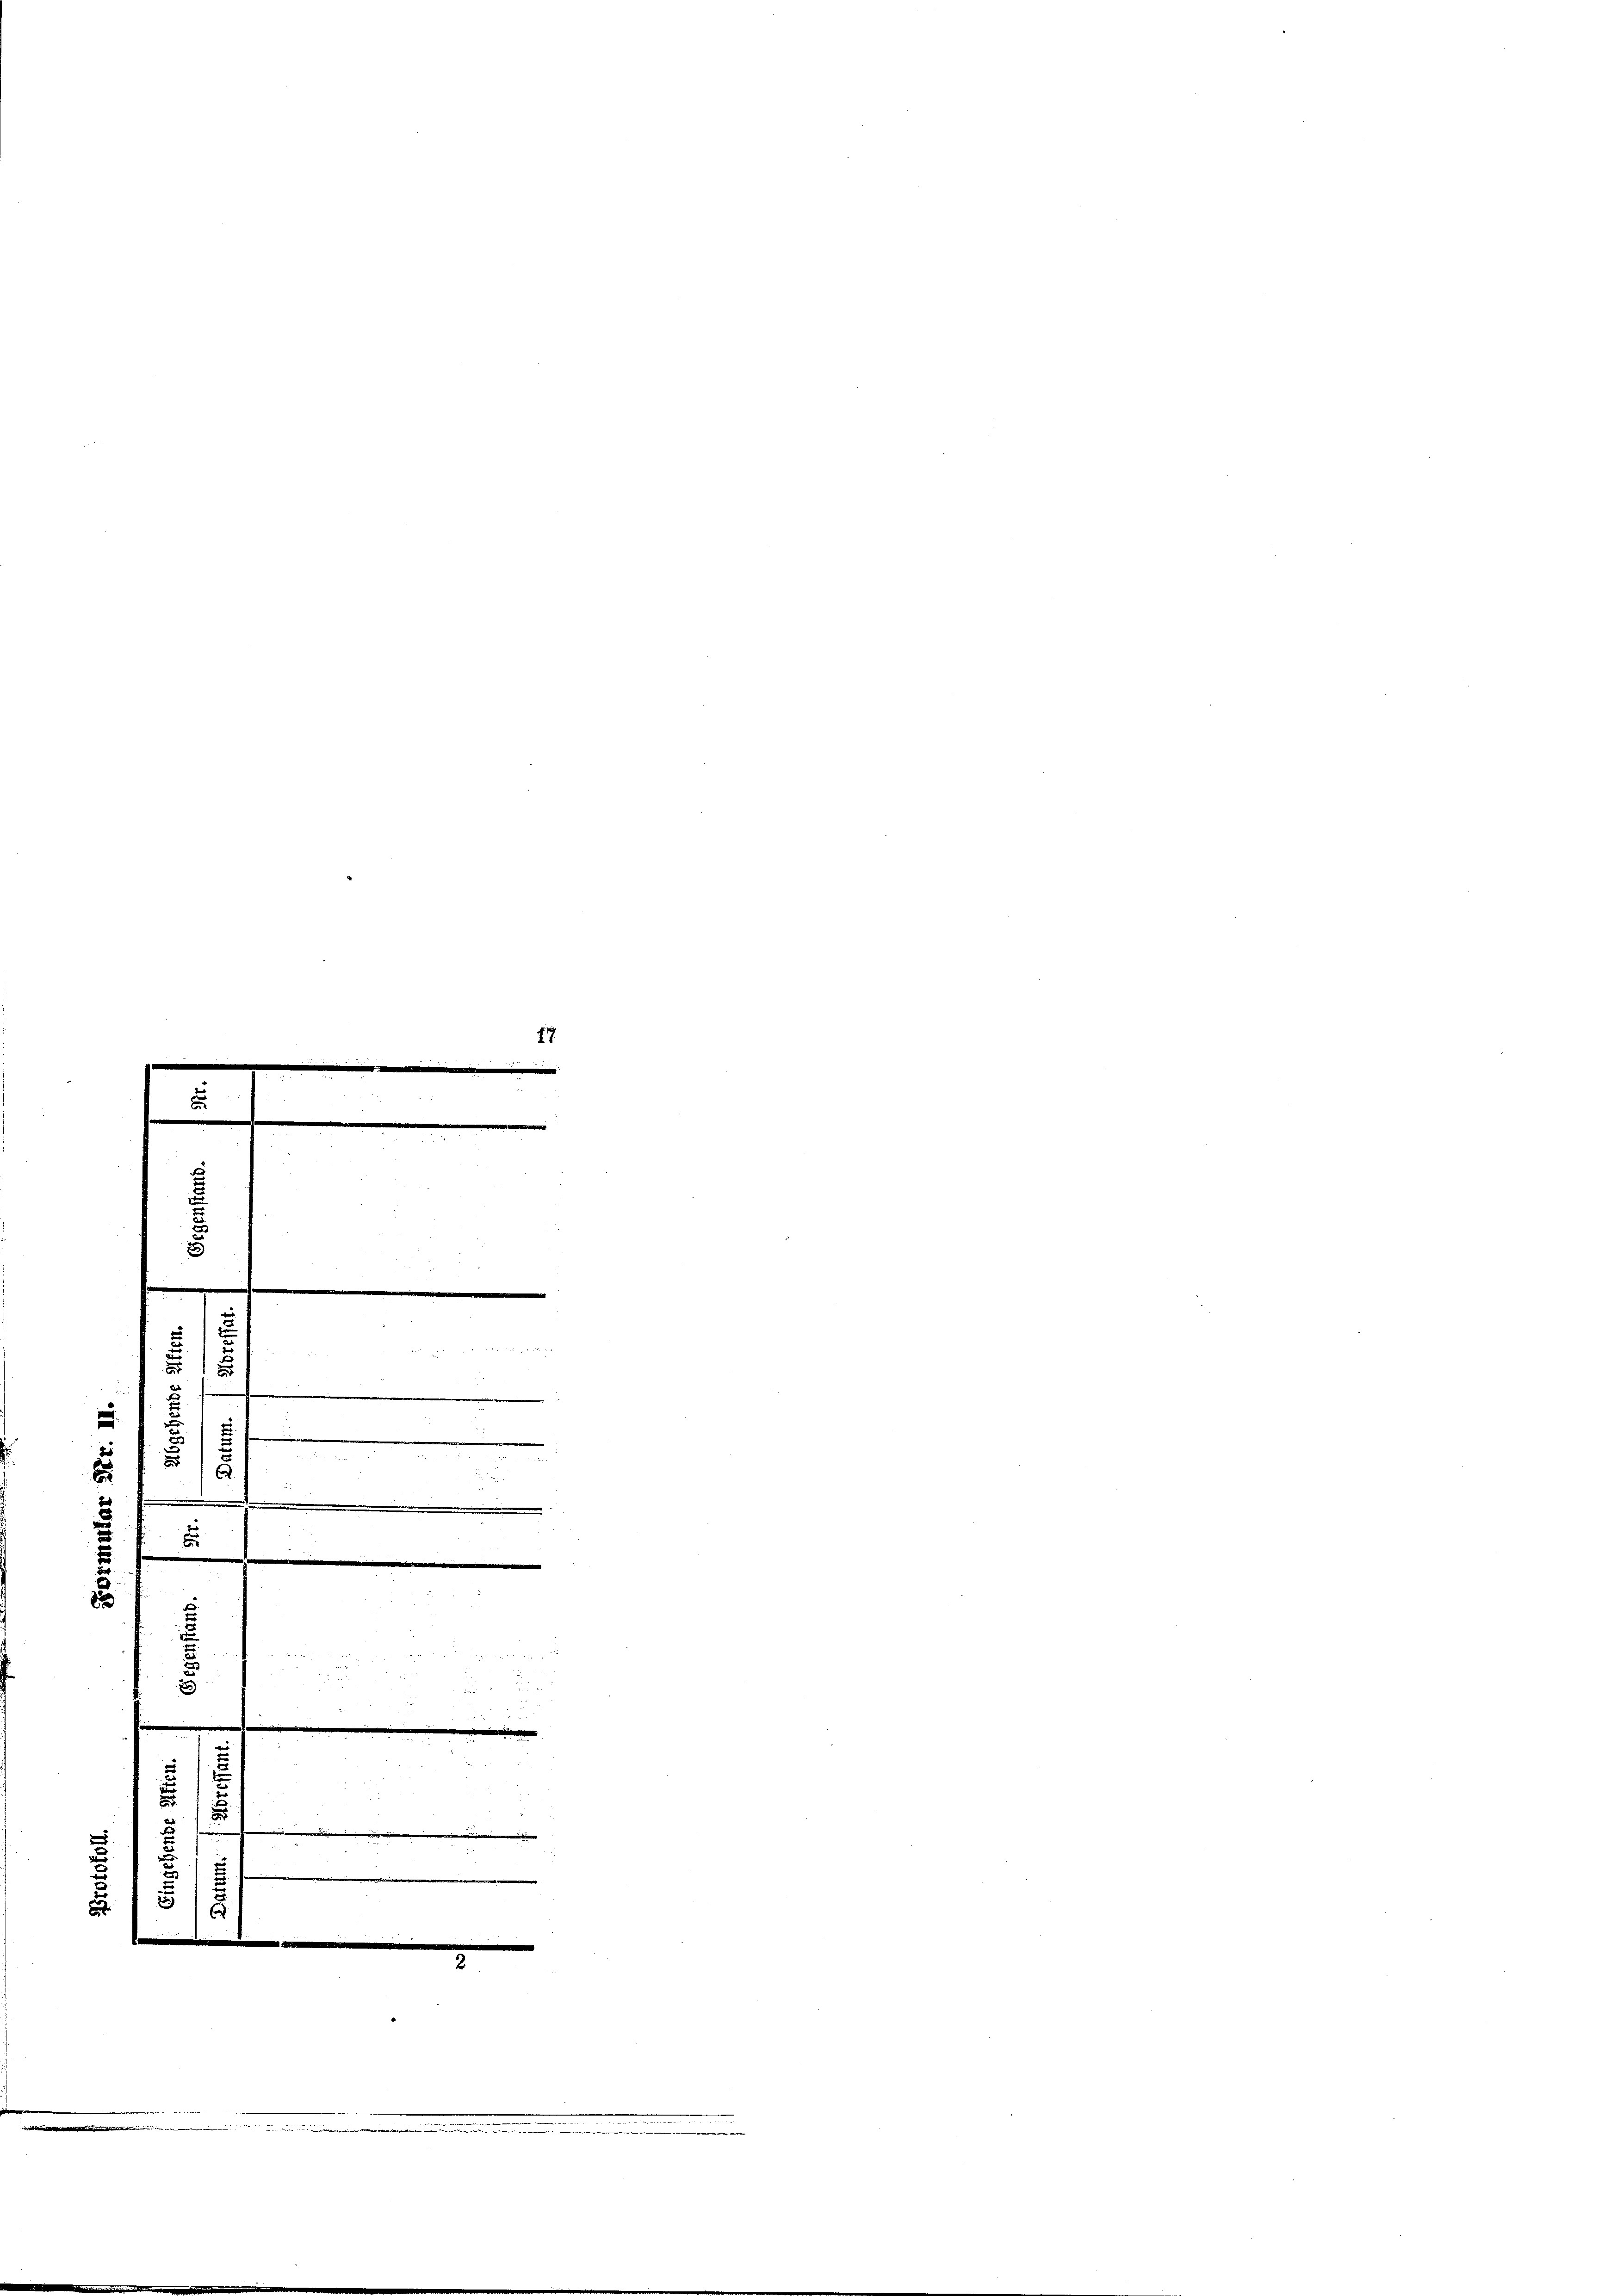
17
.
e
e
e
u
¬
e
-

 x
d
u

.
2
E
.
25

2
x
         Seitere
1
e
e
m

.
.
s

u
.
5

2

e
e
22
5
u
|
e
e
5
5